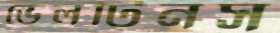
ভেলটিনস